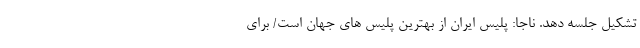
تشکیل جلسه دهد. ناجا: پلیس ایران از بهترین پلیس های جهان است/ برای